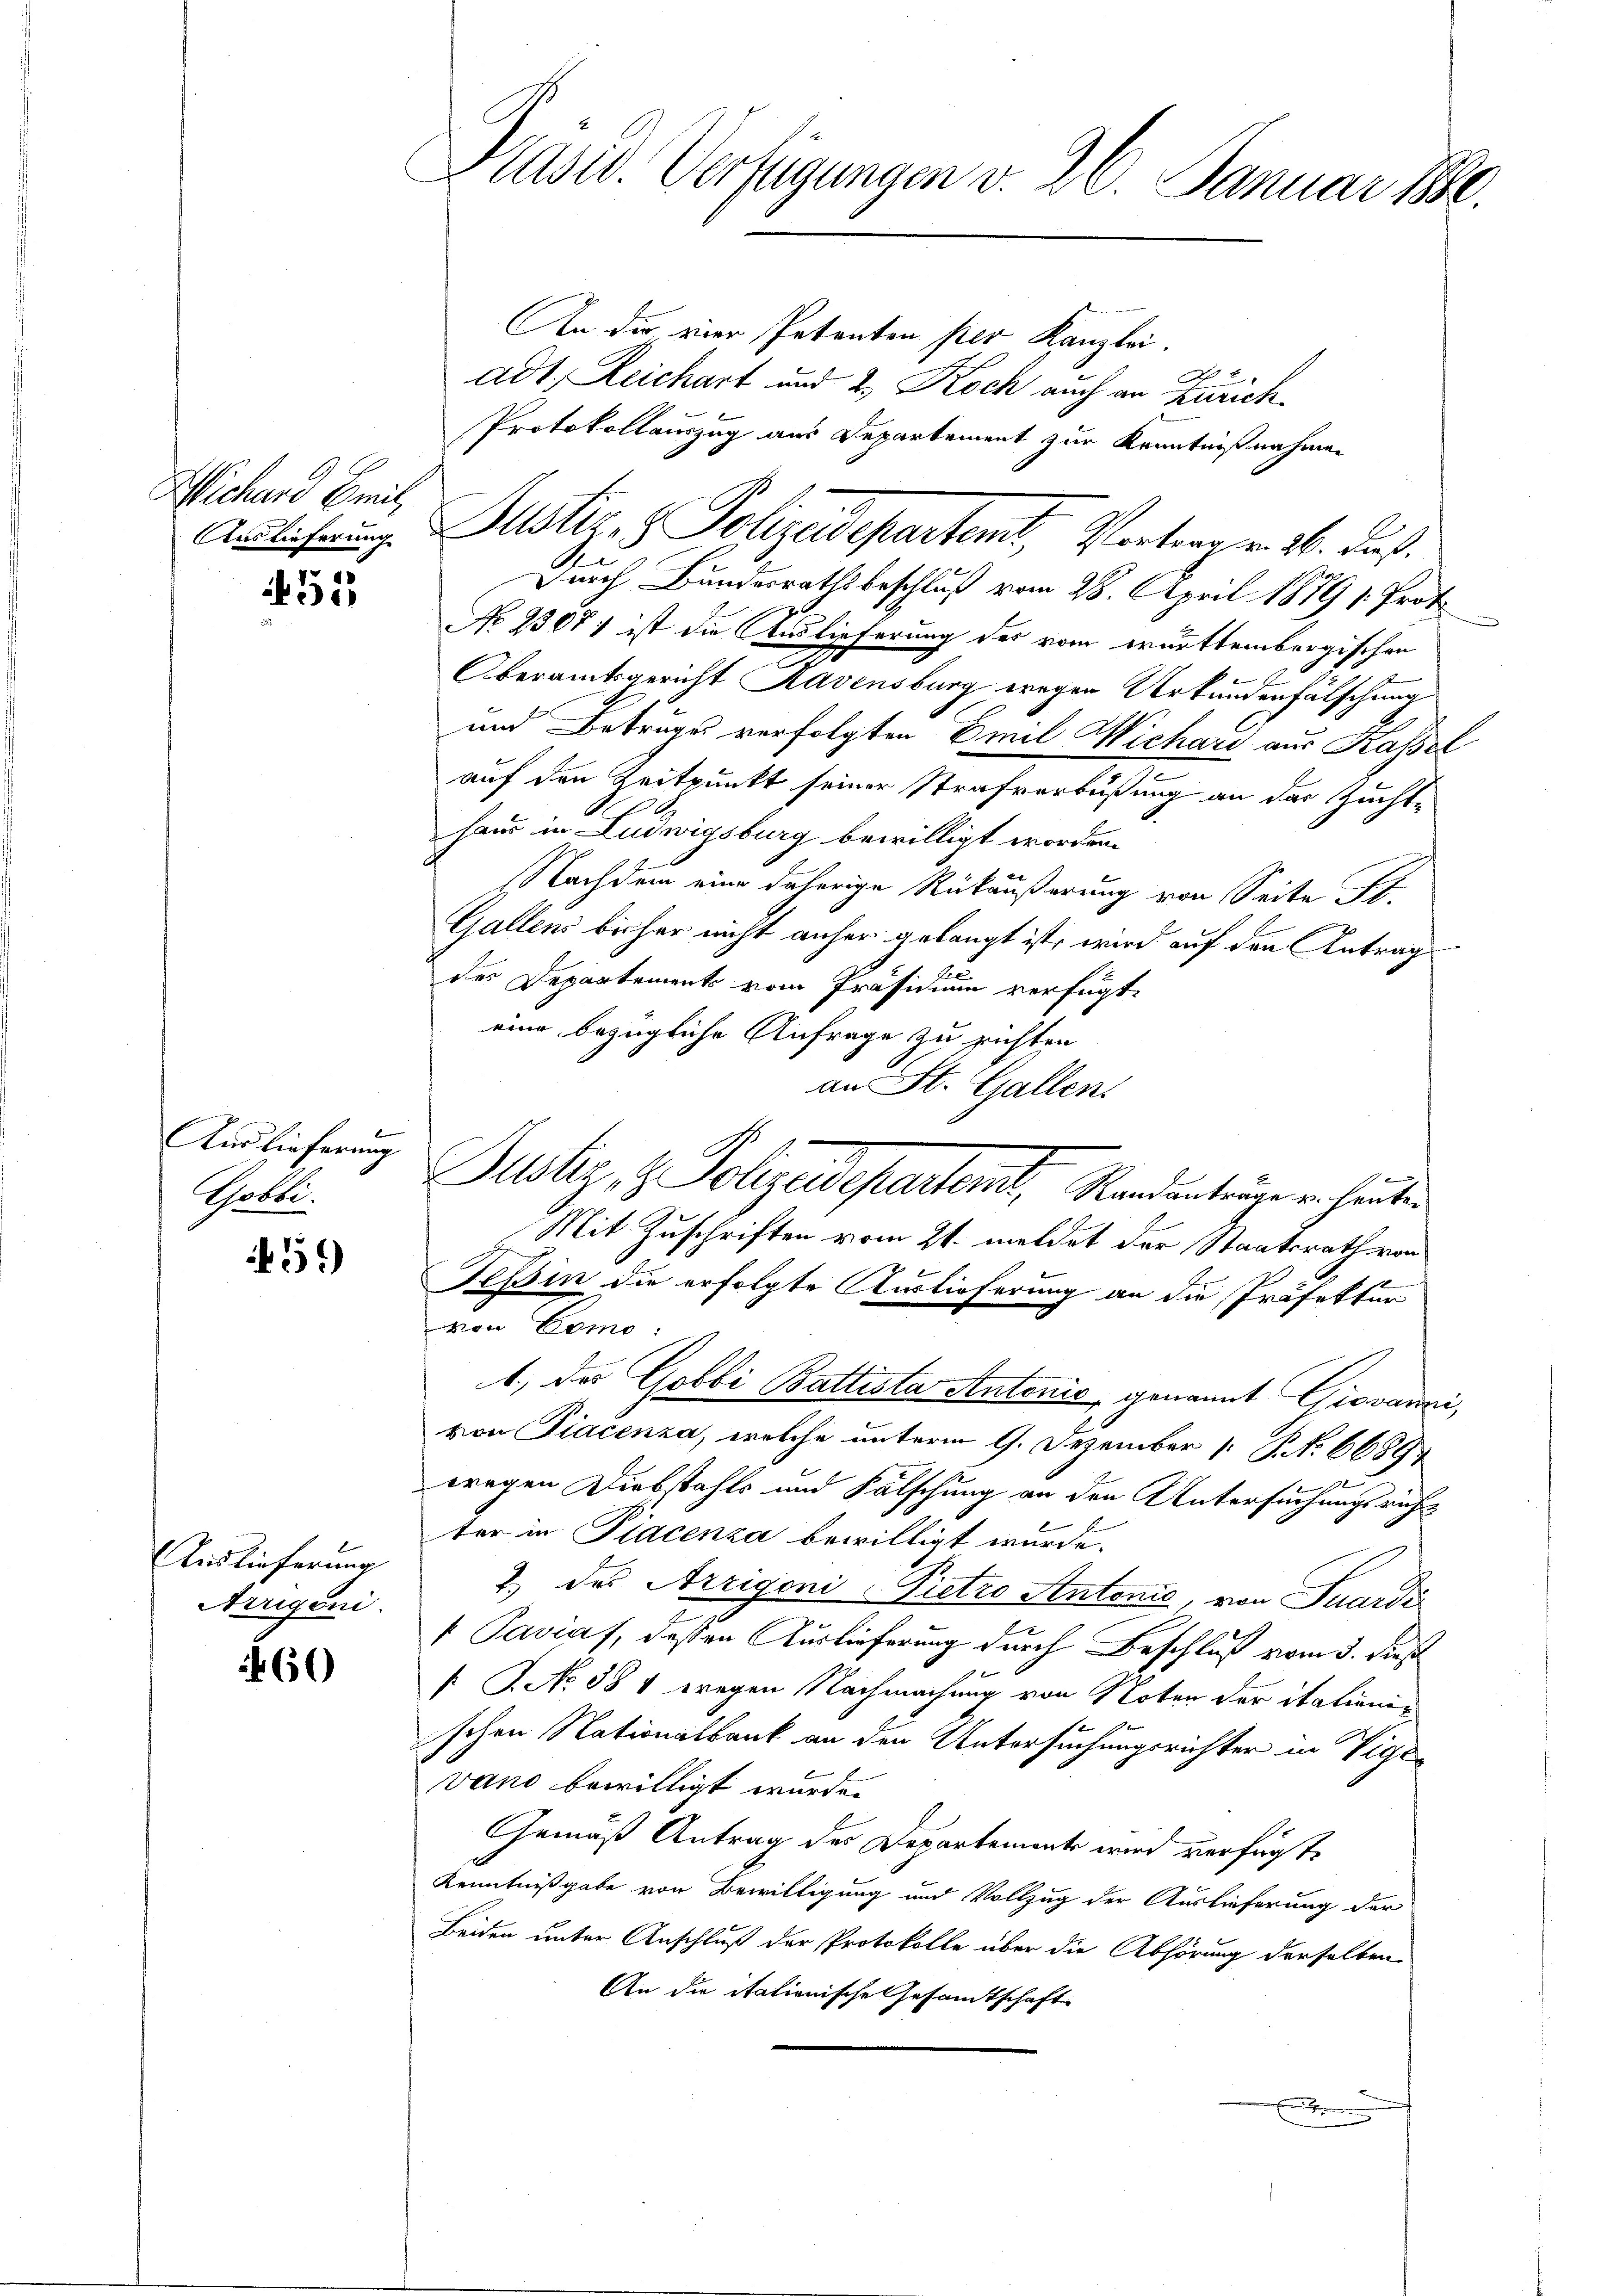
Wichard Breit,
g

e

And lieferung
Tobel.

51)

Auslieferung
Arrigeni

60

Präsid. Verfügungen v. 26. Januar 180.

An die einer Petenten per Kanzlei.
A 2
adt. Zeichart und 2., Koch auch an Zürich.
Protokollauszug aus Departement zur Kenntnißnahmen
Durch Bundesrathsbeschluß vom 28. April 1879 /: Prof.
No 23071 ist die Auslieferung des vom württembergischen
.
Oberamtsgericht Ravensburg wegen Urkundenfälschung
und Betrages verfolgten Emil Wichard aus Kassel
auf den Zeitpunkt seiner Strafverbüßung an der Zuchthaus in Ludwigsburg bewilligt worden.
NNachdem eine daherige Rükäußerung von Seite St.
Gallens bisher nicht anher gelangt ist, wird auf den Antrag
des Departement vom Präsidium verfügt,
eine bezügliche Anfrage zu richten
an St. Gallen.
Mit Zuschriften vom 21. meldet der Staatsrath von
Teßin die erfolgte Auslieferung an die Präfektur
von Como:
1, des Gobbi Battista Antonić, genannt Giovanni,
von Piacenza, welche unterm 9. Dezember 1 S. 6689
1
wregen Diebstahls und Fälschung an den Untersuchungsrichtter in Piacenza bewilligt wurde.
2.) des Arzigeni-Pietro Antonić, von Suardi
 Paviaf, deßen Auslieferung durch Beschluß vom 3. dieß
[ P. No 384 wegen Nachmachung von Noten der italienischen Nationalbank an den Untersuchungsrichter in Vigevano bewilligt wurde.
Gemäß Antrag des Departemente wird verfügte
Kenntnißgabe von Bewilligung und Vollzug der Auslieferung der
Beiden unter Anschluß der Protokolle über die Abhörung derselben
An die italienische Gesamtschaft
Er

Ablehnung. Justiz- & Polizeidepartemt, Vertrag v. 26. Fuß.

Justiz & Polizeidepartert, Mandanträge in heuten